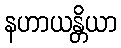
နဟာယန္တိယာ